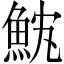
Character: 魫